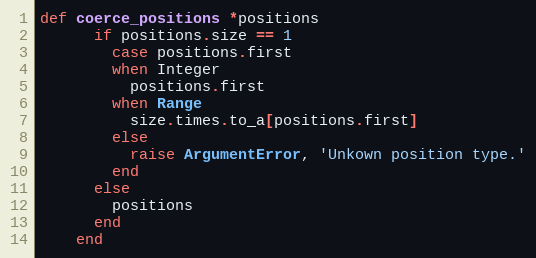
Language: Ruby
def coerce_positions *positions
      if positions.size == 1
        case positions.first
        when Integer
          positions.first
        when Range
          size.times.to_a[positions.first]
        else
          raise ArgumentError, 'Unkown position type.'
        end
      else
        positions
      end
    end